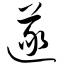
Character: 遂